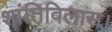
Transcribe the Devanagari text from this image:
शांतिविलास।